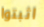
اثبتوا